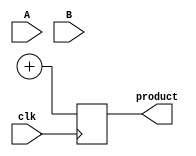
module WallaceTreeMultiplier (
    input clk,
    input [7:0] A,
    input [7:0] B,
    output reg [15:0] product
);
    // Partial products
    wire [7:0] pp[7:0]; // Partial products
    generate
        genvar i, j;
        for (i = 0; i < 8; i = i + 1) begin : pp_gen
            for (j = 0; j < 8; j = j + 1) begin : pp_row
                assign pp[i][j] = A[i] & B[j];
            end
        end
    endgenerate

    // Half adder
    function [1:0] half_adder(input a, input b);
        half_adder = {a & b, a ^ b};
    endfunction

    // Full adder
    function [1:0] full_adder(input a, input b, input c);
        full_adder = {(a & b) | (c & (a ^ b)), a ^ b ^ c};
    endfunction

    // Wallace tree reduction
    reg [14:0] sum [4:0]; // Intermediate sums
    reg [4:0] carry [4:0]; // Intermediate carries

    integer stage;
    always @(posedge clk) begin
        // Initialize
        sum[0] <= {pp[0], 6'b0}; // First partial product with extra bits for alignment
        carry[0] <= 0;

        // Reduce partial products through stages
        for (stage = 0; stage < 4; stage = stage + 1) begin
            case (stage)
                0: begin
                    {carry[1][0], sum[1][0]} = full_adder(pp[1][0], pp[2][0], pp[3][0]);
                    {carry[1][1], sum[1][1]} = full_adder(pp[4][0], pp[5][0], pp[6][0]);
                    {carry[1][2], sum[1][2]} = full_adder(pp[7][0], pp[1][1], pp[2][1]);
                    // Continue to reduce with half and full adders
                end
                // Add additional stages as necessary
            endcase
        end
    end

    // Final addition
    always @(posedge clk) begin
        product <= sum[4] + carry[4]; // Add final sums
    end
endmodule